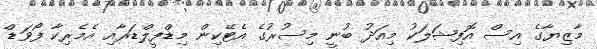
މާޒިޔާގެ އިސް އޮފިޝަލަކު މިއަދު ބުނީ މިސުރުގެ އެޓޭކިން މިޑްފީލްޑަރާއި އެމެރިކާ ފޯވަޑް